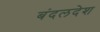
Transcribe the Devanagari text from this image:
बंदलदेश